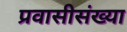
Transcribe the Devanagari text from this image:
प्रवासीसंख्या